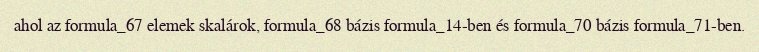
ahol az formula_67 elemek skalárok, formula_68 bázis formula_14-ben és formula_70 bázis formula_71-ben.